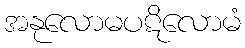
အနုလောမပဋိလောမံ